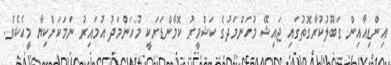
އިންޑިއާއިން ގަބޫލުކުރާގޮތުގައި ޖައިޝޭ މުހަންމަދުގެ ކަޝްމީރު ކޮމާންޑަރަކީ މުހަންމަދު އުމައިރު ނަމަކަށްކިޔާ މީހެކެވެ.